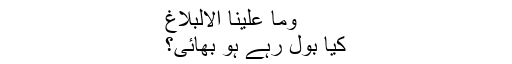
وما علینا الالبلاغ
کیا بول رہے ہو بھائی؟